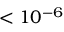
< 1 0 ^ { - 6 }